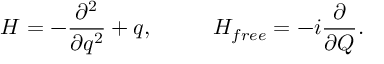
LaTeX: H = - { \frac { \partial ^ { 2 } } { \partial q ^ { 2 } } } + q , ~ ~ ~ ~ ~ ~ ~ ~ H _ { f r e e } = - i { \frac \partial { \partial Q } } .